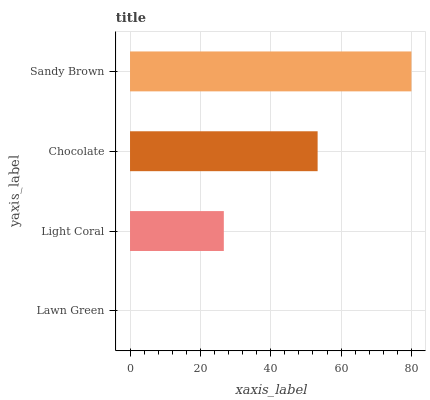
| yaxis_label | bars |
 | --- | --- |
 | Lawn Green | 0 |
 | Light Coral | 26.7 |
 | Chocolate | 53.3 |
 | Sandy Brown | 80 |